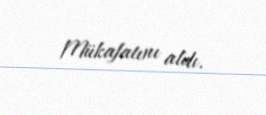
Mükafatını aldı.